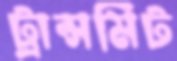
ট্রান্সমিট